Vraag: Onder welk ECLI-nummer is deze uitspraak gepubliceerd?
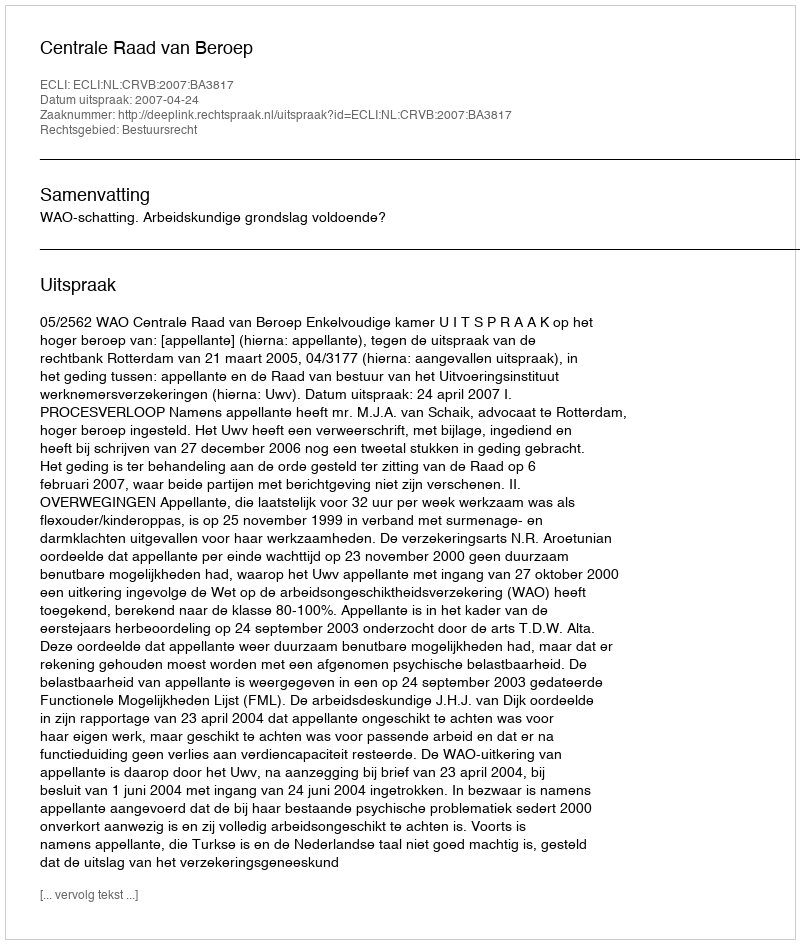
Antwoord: ECLI:NL:CRVB:2007:BA3817